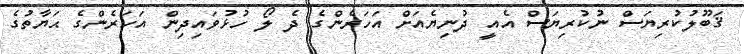
ޤަބޫލުކުރިޔަސް ނުކުރިޔަސް އެއީ ދުނިޔެއަށް އަހަރެންގެ ދެ ލޯ ހުޅުވައިދިން އަހަރެންގެ ޙަޔާތުގެ